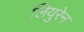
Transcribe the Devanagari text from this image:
लियुरेन